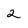
Character: 2